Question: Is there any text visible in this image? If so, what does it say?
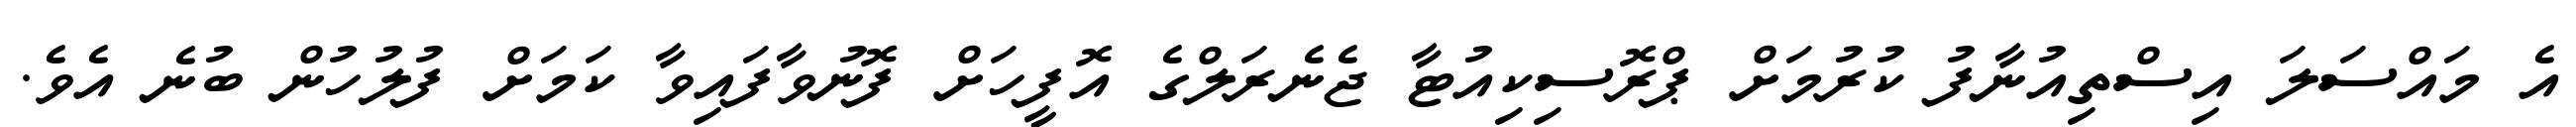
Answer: އެ މައްސަލަ އިސްތިއުނާފު ކުރުމަށް ޕްރޮސިކިއުޓާ ޖެނެރަލްގެ އޮފީހަށް ފޮނުވާފައިވާ ކަމަށް ފުލުހުން ބުނެ އެވެ.